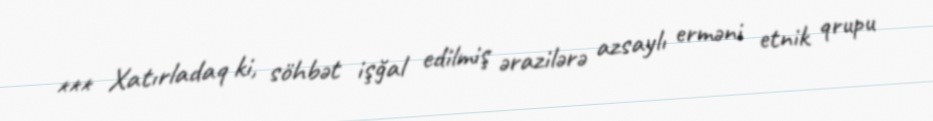
*** Xatırladaq ki, söhbət işğal edilmiş ərazilərə azsaylı erməni etnik qrupu